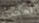
امضى